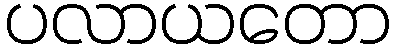
ပလာယတော